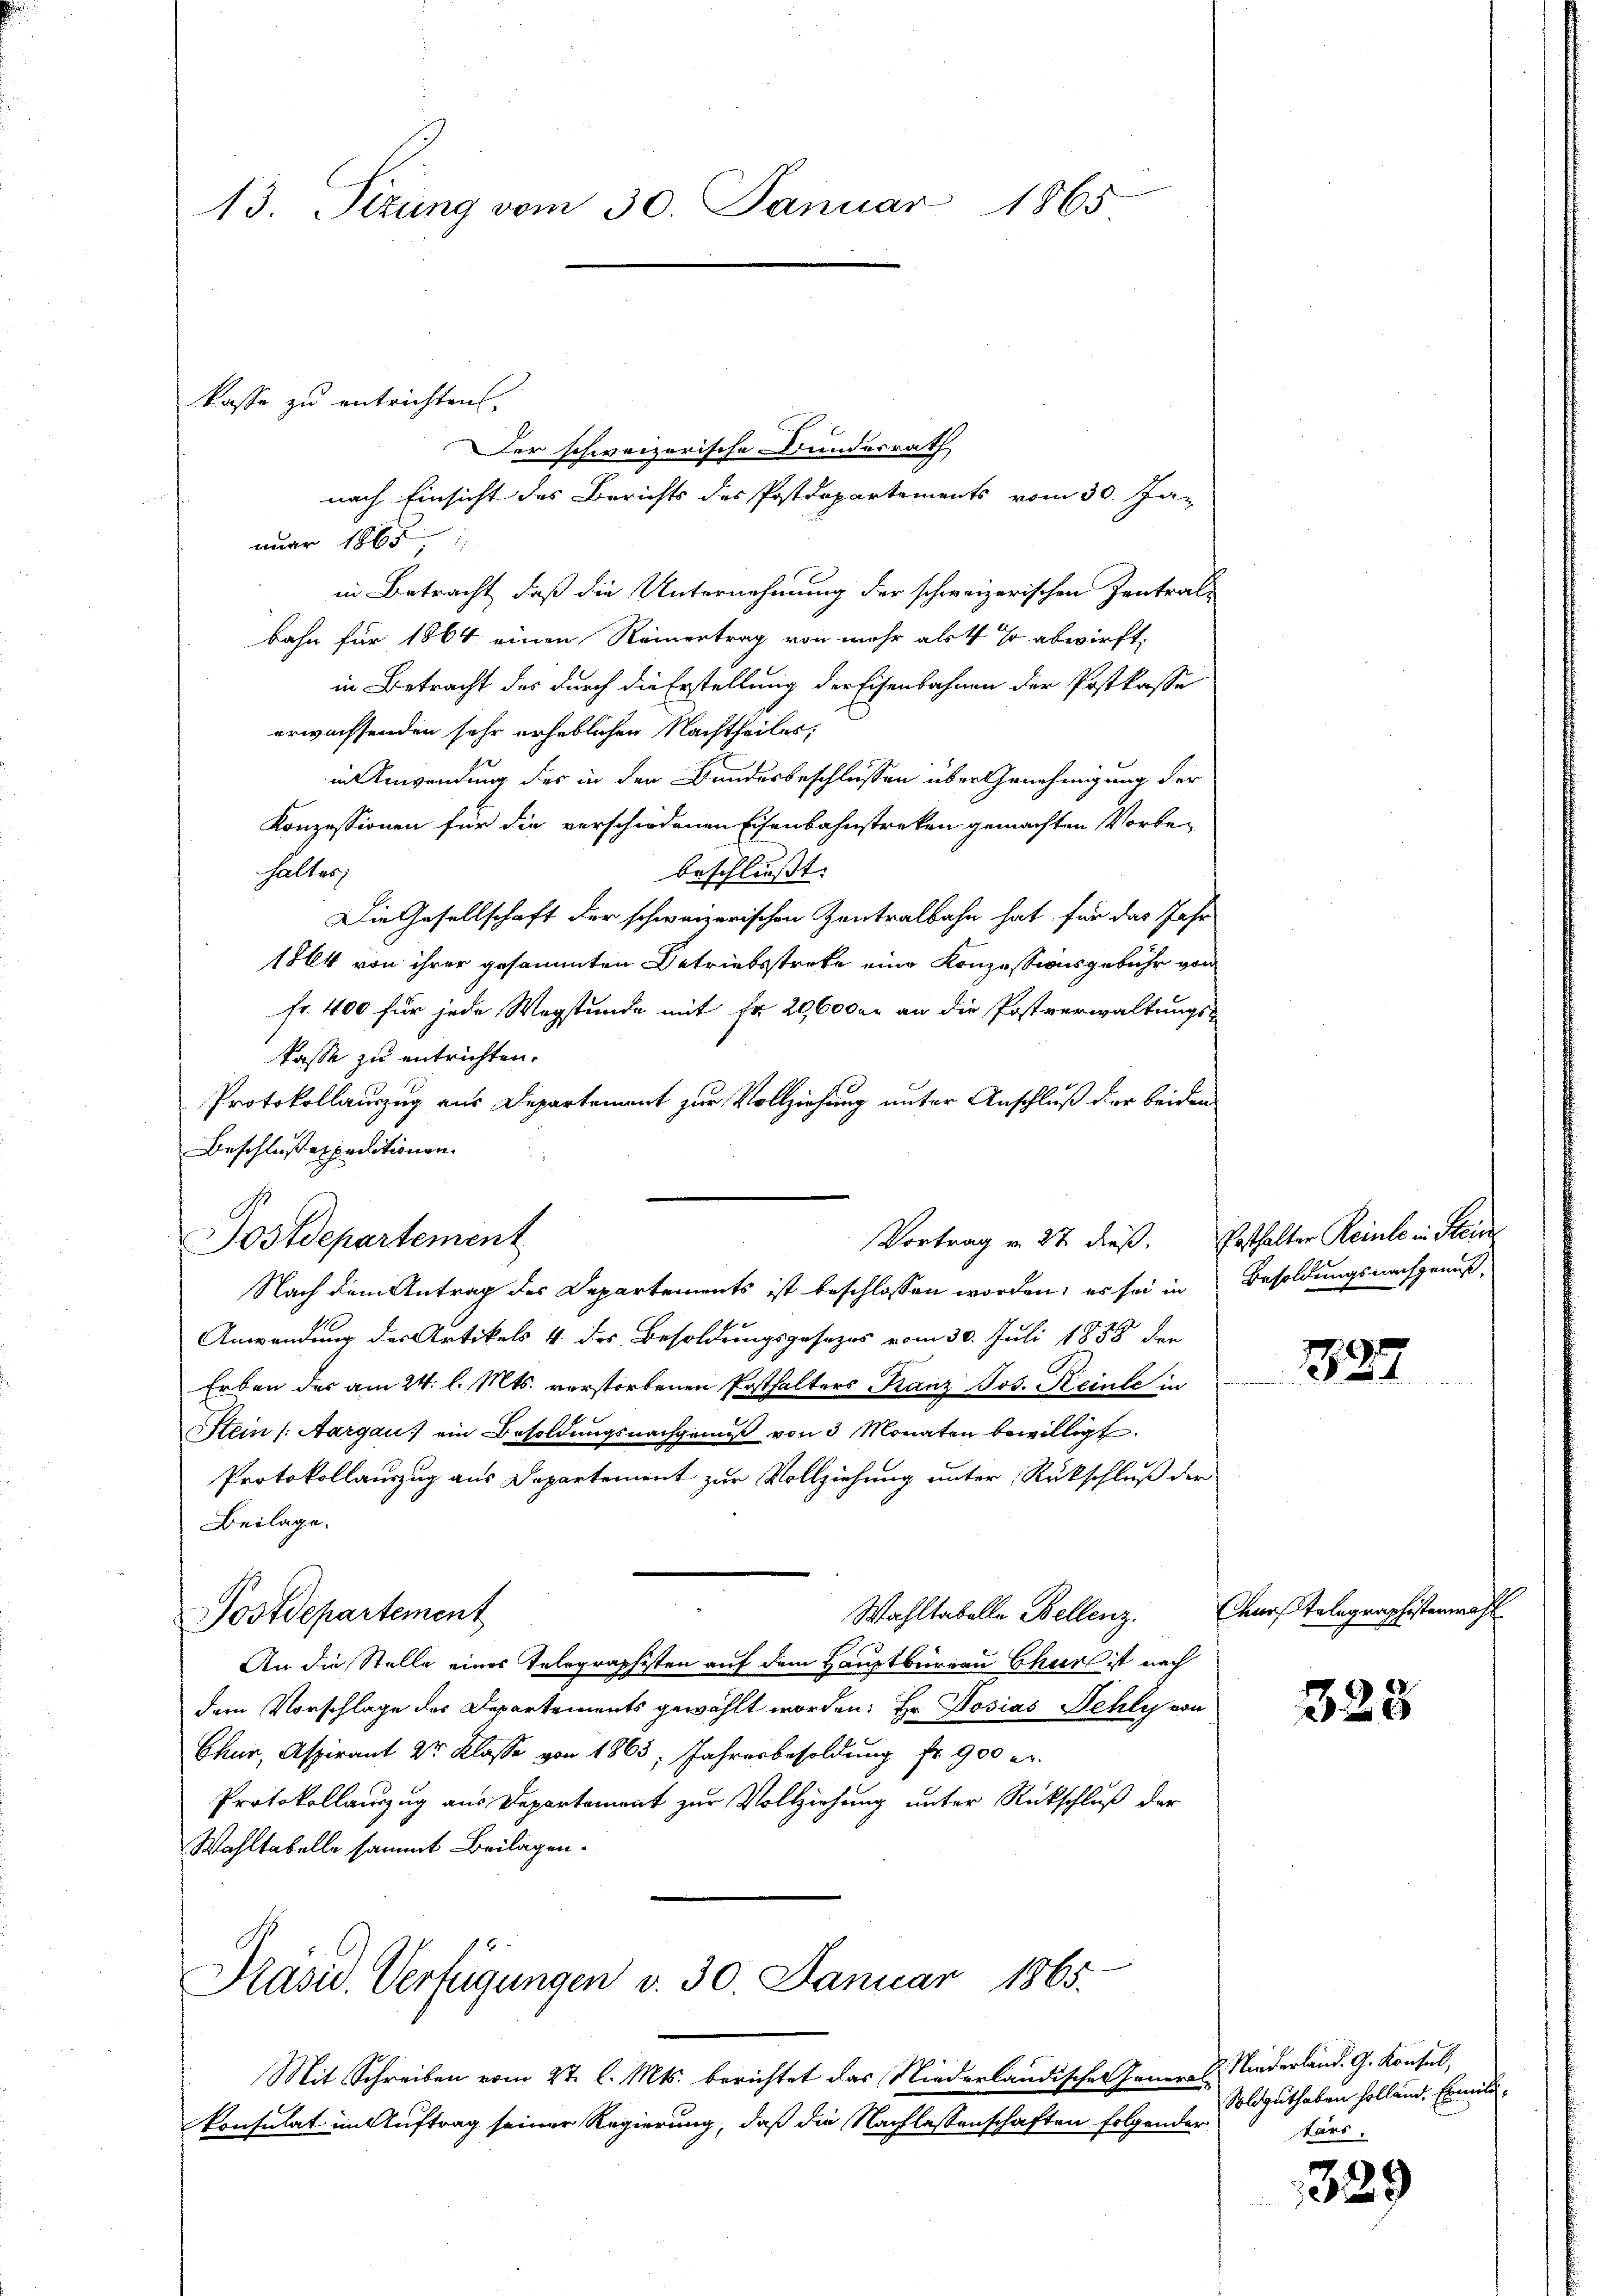
13. Perung vom 30. Januar 1865

kasse zu entrichten,
Der schweizerische Bundesrath
nach Einsicht des Berichts des Postdepartements vom 30. Ja-
nuar 186
in Betracht, daß die Unternehmung der schweizerischen Zentralbahn für 1864 einen Reinertrag von mehr als 4 so abwirft,
in Betracht des durch die Erstellung der Eisenbahnen der Postkasse
erwachsenden sehr erheblichen Nachtheiles,
in Anwendung des in den Bundesbeschlüssen über Genehmigung der
Konzessionen für die verschiedenen Eisenbahnstreken gemachten Vorbe-
halter;
beschlusst. |
Die Gesellschaft der schweizerischen Zentralbahn hat, für das Jahr
1864 von ihrer gesammten Betriebsstreke eine Konzessionsgebühr von
fr. 400 für jede Wegstunde mit Fr. 296000 an die Postverwaltungs-
kasse zu entrichten.
Protokollauszug aus Departement zur Vollziehung unter Anschluß der beiden
Beschlußexpeditionen.
Vortrag v. 27 dieß. Posthalter Reinle in Stein
Postdepartement
Nach dem Antrag des Departements ist beschlossen worden; es sei in Besoldungsnachgenuß,
Anwendung des Artikels 4 des Besoldungsgesezes vom 30. Juli 1858 den
Erben des am 24. l. Mts. verstorbenen Posthalters Franz Jos. Reinle in
Stein (Aargau ein Besoldŭngsnachgemŭβ von 3 Monaten bewilligt.
Protokollauszug aus Departement zur Vollziehung unter Rückschluß der
Beilage.
Wahltabelle Bellenz.
Postdepartement
An die Stelle eines Telegraphisten auf dem Hauptbüreau Chur ist nach
dem Vorschlage des Departements gewählt worden. Hr. Dosias Fehly von
Chur, Aspirant 2r Klasse von 1865, Jahresbesoldung fr. 900 er
Protokollauszug aus Departement zur Vollziehung unter Rückschluß der
Wahltabelle sammt Beilagen.
Pasiv. Verfügungen v. 30. Januar 1865.

Mit Schreiben vom 2t. l. Mts. berichtet das Niederländischen Jennen u. Niederländ. G. Konsul,
Consulat im Auftrag seiner Regierung, daß die Nachlassenschaften folgender

337

Curs Telegraphistenwahl

328

Soldguthaben hollend. Ermittärs.

339